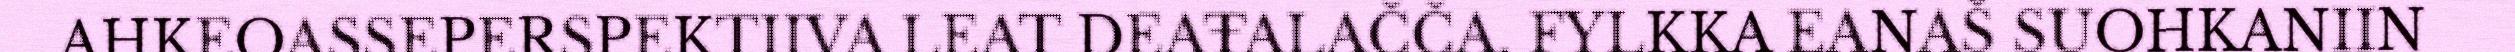
AHKEOASSEPERSPEKTIIVA LEAT DEAŦALAČČA. FYLKKA EANAŠ SUOHKANIIN